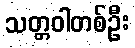
သတ္တဝါတစ်ဦး